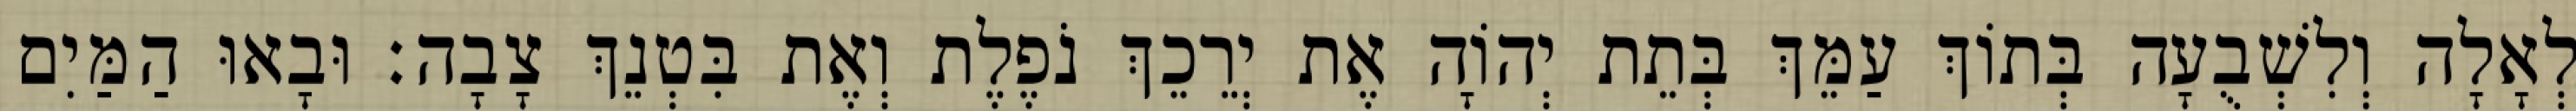
לְאָלָה וְלִשְׁבֻעָה בְּתוֹךְ עַמֵּךְ בְּתֵת יְהוָֹה אֶת יְרֵכֵךְ נֹפֶלֶת וְאֶת בִּטְנֵךְ צָבָה׃ וּבָאוּ הַמַּיִם